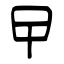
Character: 曱